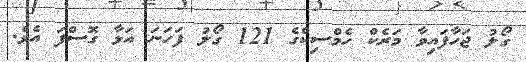
ގޯލު ޖަހާފައިވާ މަރެކް ހެމްސިކްގެ 121 ގޯލު ފަހަނަ އަޅާ ގޮސްފަ އެވެ.